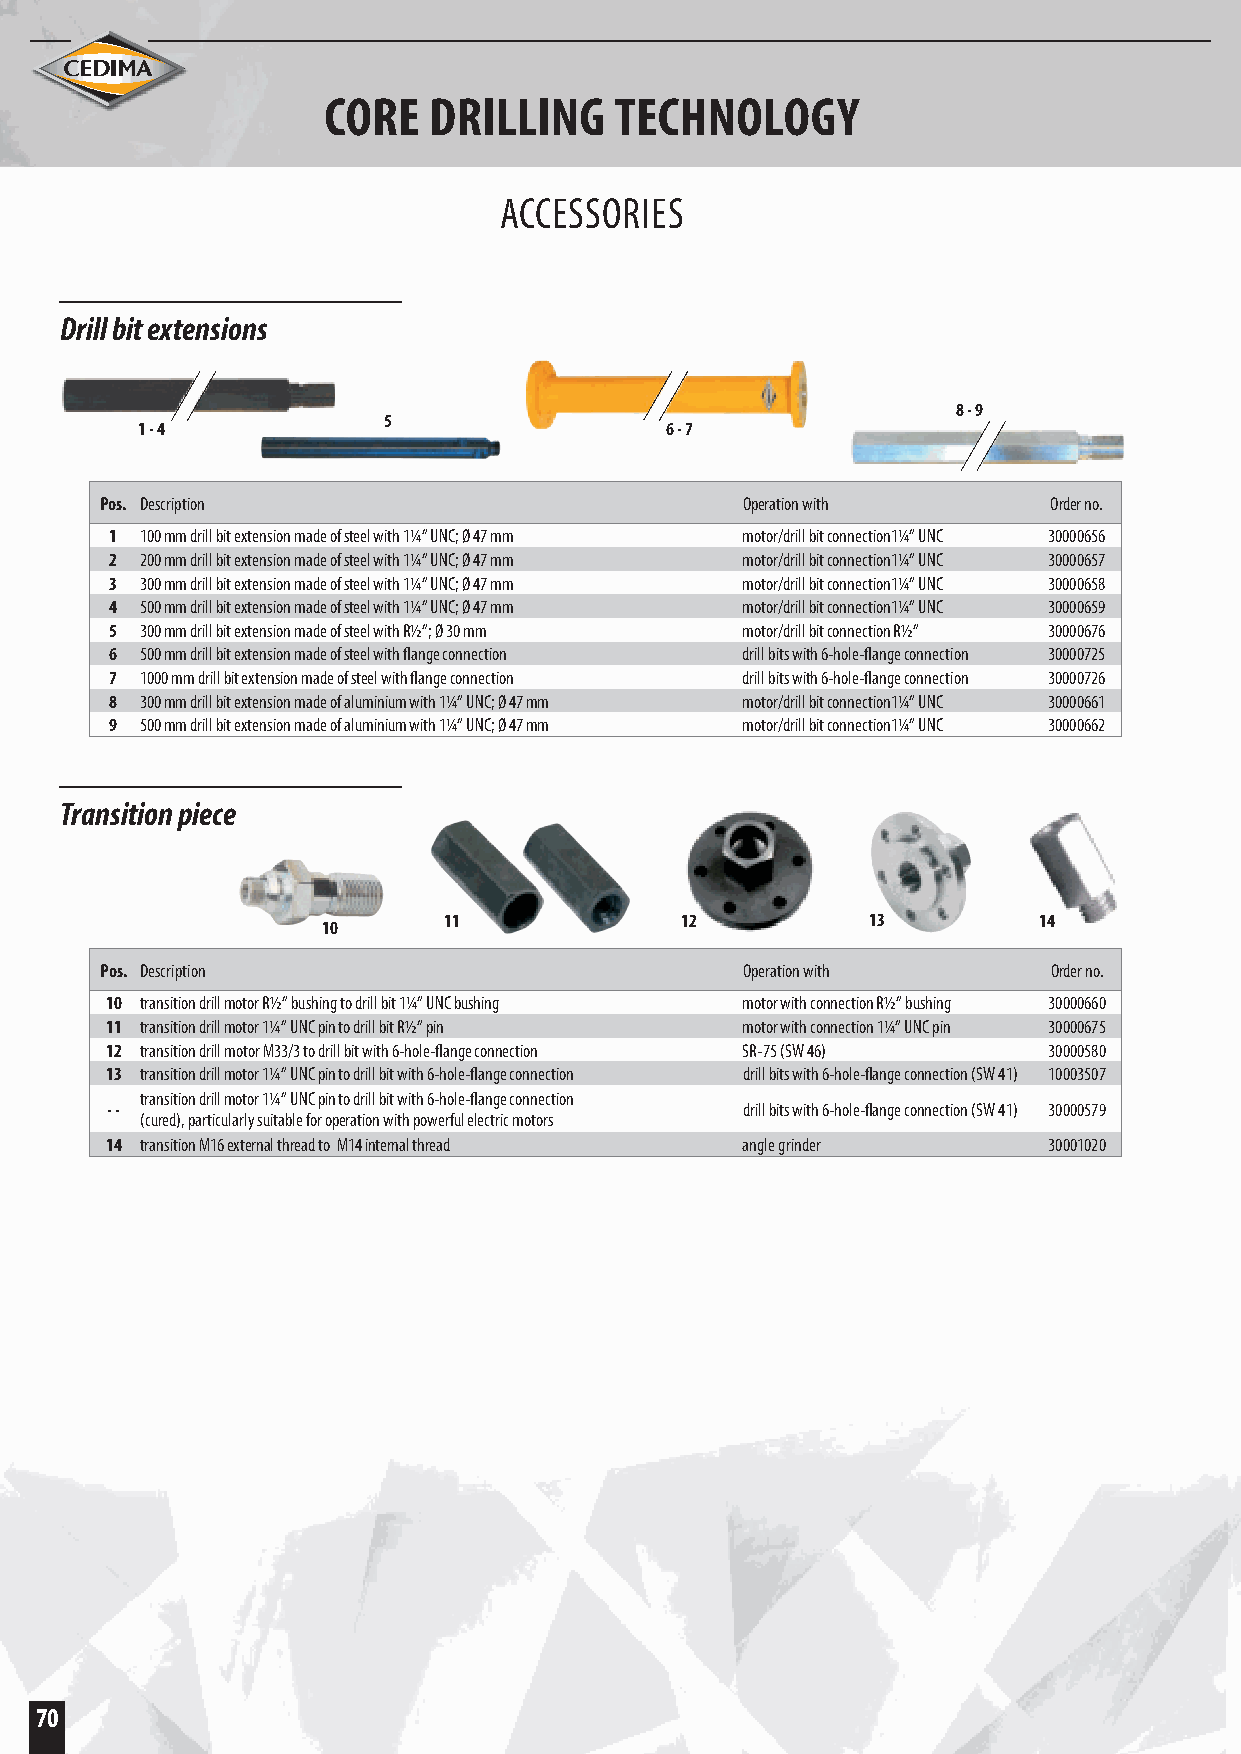
CORE   DRILLING     TECHNOLOGY
 ACCESSORIES
 Drill bit extensions
 8 - 9
 5
 1 - 4                              6 - 7
 Pos. Description                          Operation with      Order no.
 1 100 mm drill bit extension made of steel with 1¼“ UNC; Ø 47 mm motor/drill bit connection1¼“ UNC 30000656
 2 200 mm drill bit extension made of steel with 1¼“ UNC; Ø 47 mm motor/drill bit connection1¼“ UNC 30000657
 3 300 mm drill bit extension made of steel with 1¼“ UNC; Ø 47 mm motor/drill bit connection1¼“ UNC 30000658
 4 500 mm drill bit extension made of steel with 1¼“ UNC; Ø 47 mm motor/drill bit connection1¼“ UNC 30000659
 5 300 mm drill bit extension made of steel with R½“; Ø 30 mm motor/drill bit connection R½“ 30000676
 6 500 mm drill bit extension made of steel with flange connection drill bits with 6-hole-flange connection 30000725
 7 1000 mm drill bit extension made of steel with flange connection drill bits with 6-hole-flange connection 30000726
 8 300 mm drill bit extension made of aluminium with 1¼“ UNC; Ø 47 mm motor/drill bit connection1¼“ UNC 30000661
 9 500 mm drill bit extension made of aluminium with 1¼“ UNC; Ø 47 mm motor/drill bit connection1¼“ UNC 30000662
 Transition piece
 11              12           13         14
 10
 Pos. Description                          Operation with       Order no.
 10 transition drill motor R½“ bushing to drill bit 1¼“ UNC bushing motor with connection R½“ bushing 30000660
 11 transition drill motor 1¼“ UNC pin to drill bit R½“ pin motor with connection 1¼“ UNC pin 30000675
 12 transition drill motor M33/3 to drill bit with 6-hole-flange connection SR-75 (SW 46) 30000580
 13 transition drill motor 1¼“ UNC pin to drill bit with 6-hole-flange connection drill bits with 6-hole-flange connection (SW 41) 10003507
 transition drill motor 1¼“ UNC pin to drill bit with 6-hole-flange connection
 - -                                       drill bits with 6-hole-flange connection (SW 41) 30000579
 (cured), particularly suitable for operation with powerful electric motors
 14 transition M16 external thread to M14 internal thread angle grinder 30001020
 70